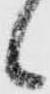
候